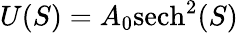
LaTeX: U(S)=A_{0}\mathrm{sech}^{2}(S)